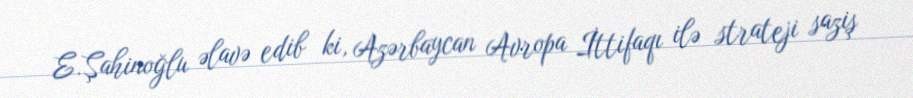
E.Şahinoğlu əlavə edib ki, Azərbaycan Avropa İttifaqı ilə strateji saziş